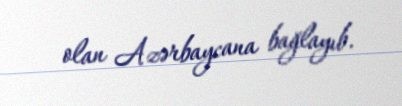
olan Azərbaycana bağlayıb.